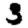
Digit: 3